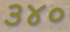
૩૪૦